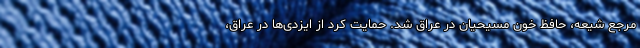
مرجع شیعه، حافظ خون مسیحیان در عراق شد. حمایت کرد از ایزدی‌ها در عراق،